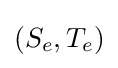
(S_{e},T_{e})